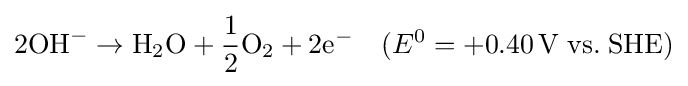
2\mathrm {OH} ^{-}\rightarrow \mathrm {H} _{2}\mathrm {O} +{\frac {1}{2}}\mathrm {O} _{2}+2\mathrm {e} ^{-}\quad (E^{0}=+0.40\,\mathrm {V\;vs.\;SHE} )